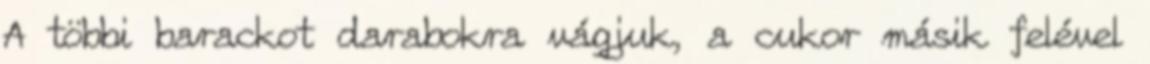
A többi barackot darabokra vágjuk, a cukor másik felével